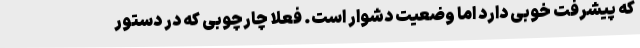
که پیشرفت خوبی دارد اما وضعیت دشوار است. فعلا چارچوبی که در دستور